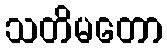
သတိမတော